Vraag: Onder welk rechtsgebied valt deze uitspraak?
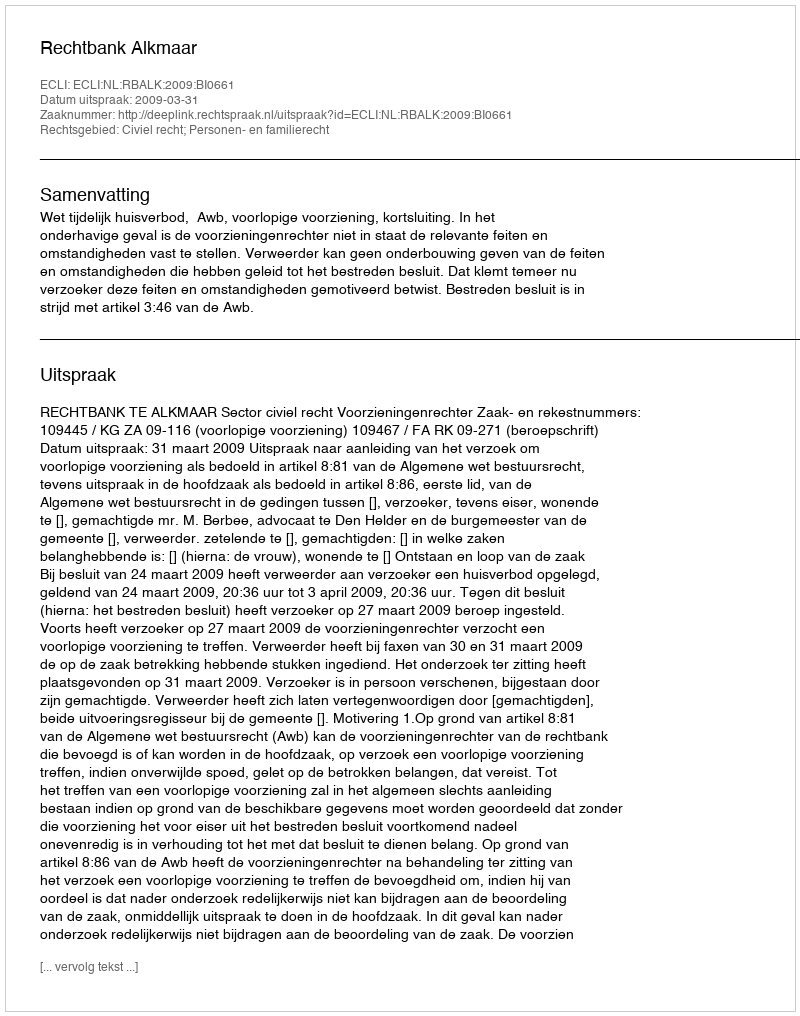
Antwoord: Civiel recht; Personen- en familierecht